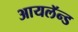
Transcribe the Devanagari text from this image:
आयलॅन्ड